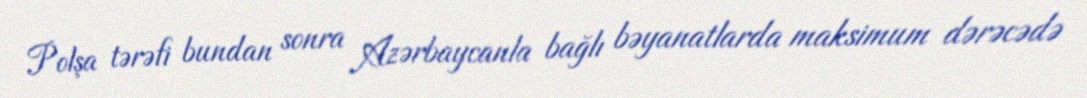
Polşa tərəfi bundan sonra Azərbaycanla bağlı bəyanatlarda maksimum dərəcədə